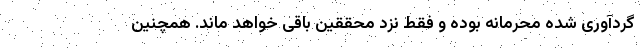
گردآوری شده محرمانه بوده و فقط نزد محققین باقی خواهد ماند. همچنین